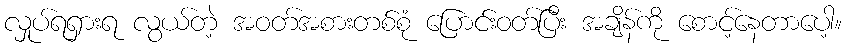
လှုပ်ရရှားရ လွယ်တဲ့ အဝတ်အစားတစ်စုံ ပြောင်းဝတ်ပြီး အချိန်ကို စောင့်နေတာပေါ့။